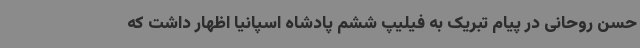
حسن روحانی در پیام تبریک به فیلیپ ششم پادشاه اسپانیا اظهار داشت که